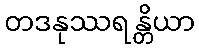
တဒနုဿရန္တိယာ